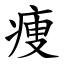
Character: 痩